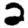
Digit: 2